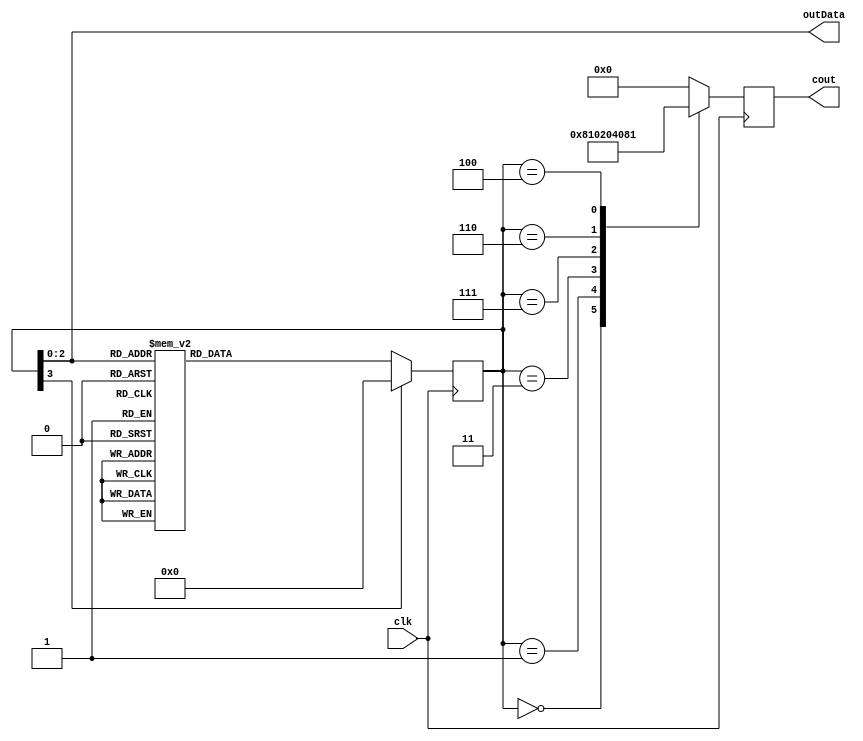
module JyhDemo(
		input clk,
		output reg [5 : 0] cout,
		output [2 : 0] outData
	);
	reg [3 : 0] Qdata = 3'b000;
  assign outData = Qdata;
	always@(posedge clk) begin
		case(Qdata)
			3'b000:	Qdata <= 3'b001;
			3'b001:	Qdata <= 3'b011;
			3'b010:	Qdata <= 3'b101;
			3'b011:	Qdata <= 3'b111;
			3'b100:	Qdata <= 3'b000;
			3'b101:	Qdata <= 3'b010;
			3'b110:	Qdata <= 3'b100;
			3'b111:	Qdata <= 3'b110;
			default:	Qdata <= 3'b000;
		endcase
	end
	always@(posedge clk) begin
		case(Qdata)
			3'b000:	cout <= 6'b100000;
			3'b001:	cout <= 6'b010000;
			3'b011:	cout <= 6'b001000;
			3'b111:	cout <= 6'b000100;
			3'b110:	cout <= 6'b000010;
			3'b100:	cout <= 6'b000001;
			default:	cout <= 6'b000000;
		endcase
	end
endmodule